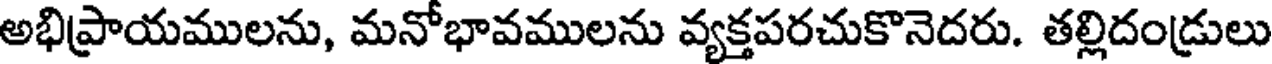
అభిప్రాయములను, మనోభావములను వ్యక్తపరచుకొనెదరు. తల్లిదండ్రులు